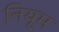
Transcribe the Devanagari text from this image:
नियूम